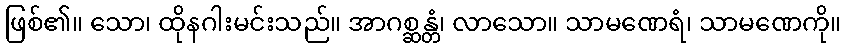
ဖြစ်၏။ သော၊ ထိုနဂါးမင်းသည်။ အာဂစ္ဆန္တံ၊ လာသော။ သာမဏေရံ၊ သာမဏေကို။